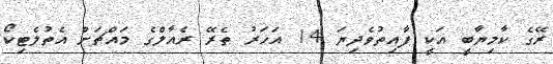
ރޭގެ ކާމިޔާބީ އަކީ ފާއިތުވެދިޔަ 14 އަހަރު ތެރޭ ރެއާލްގެ މައްޗަށް އެތުލެޓިކޯ